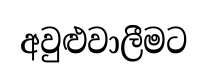
අවුළුවාලීමට